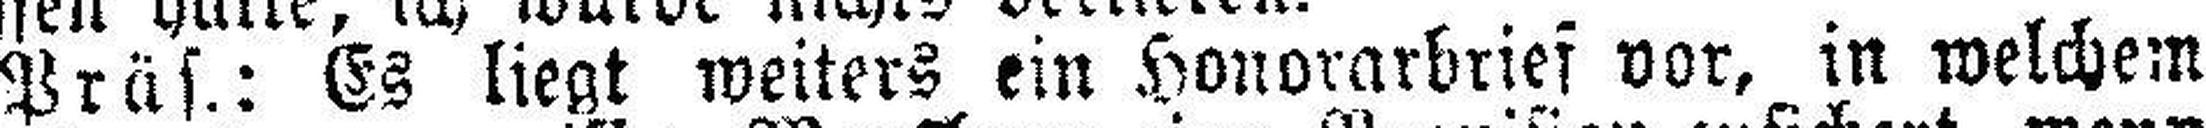
Präs.: Es liegt weiters ein Honorarbrief vor, in welchem